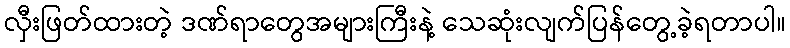
လှီးဖြတ်ထားတဲ့ ဒဏ်ရာတွေအများကြီးနဲ့ သေဆုံးလျက်ပြန်တွေ့ခဲ့ရတာပါ။